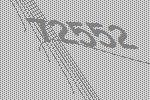
72552